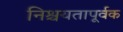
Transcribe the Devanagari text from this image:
निश्चयतापूर्वक